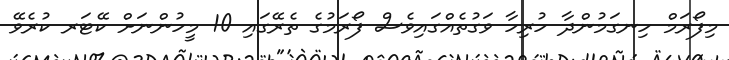
މިފޯރަމް ހިނގަމުންދާ ހުރިހާ ވަގުތެއްގައިވެސް ފޯރަމުގެ ތެރޭގައި 10 މީހުންނަށް ކޭޓަރ ކުރެވޭ